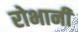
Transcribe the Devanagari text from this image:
रोभानी